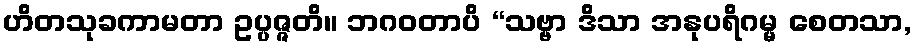
ဟိတသုခကာမတာ ဥပ္ပဇ္ဇတိ။ ဘဂဝတာပိ “သဗ္ဗာ ဒိသာ အနုပရိဂမ္မ စေတသာ,